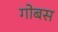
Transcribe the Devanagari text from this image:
गोबस